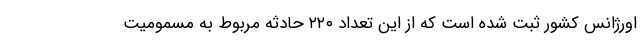
اورژانس کشور ثبت شده است که از این تعداد ۲۲۰ حادثه مربوط به مسمومیت